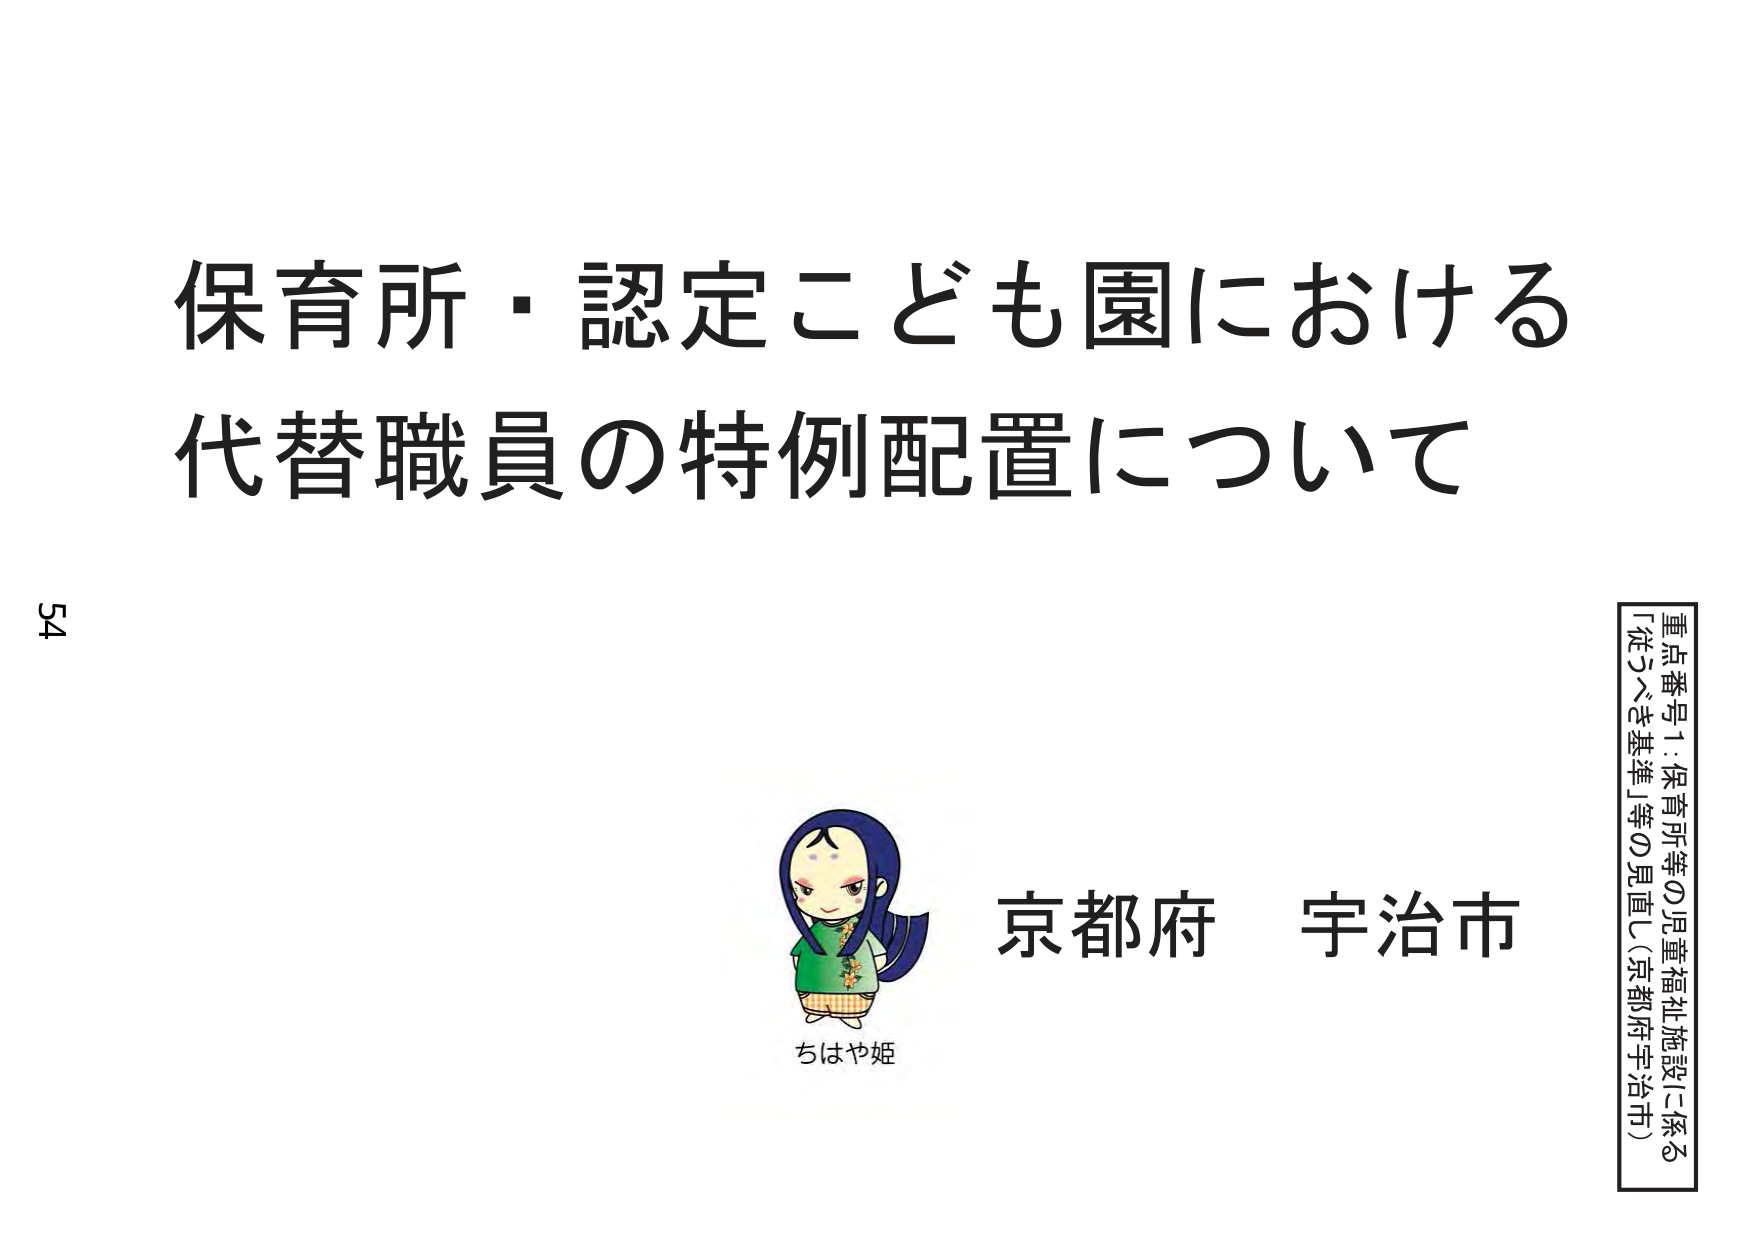
保育所・認定こども園における
代替職員の特例配置について

54

ちはや姫
京都府 宇治市

重点番号1：保育所等の児童福祉施設に係る
「従うべき基準」等の見直し（京都府宇治市）